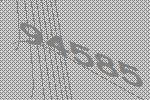
94585